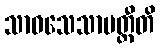
သာဝသေသာပတ္တီတိ